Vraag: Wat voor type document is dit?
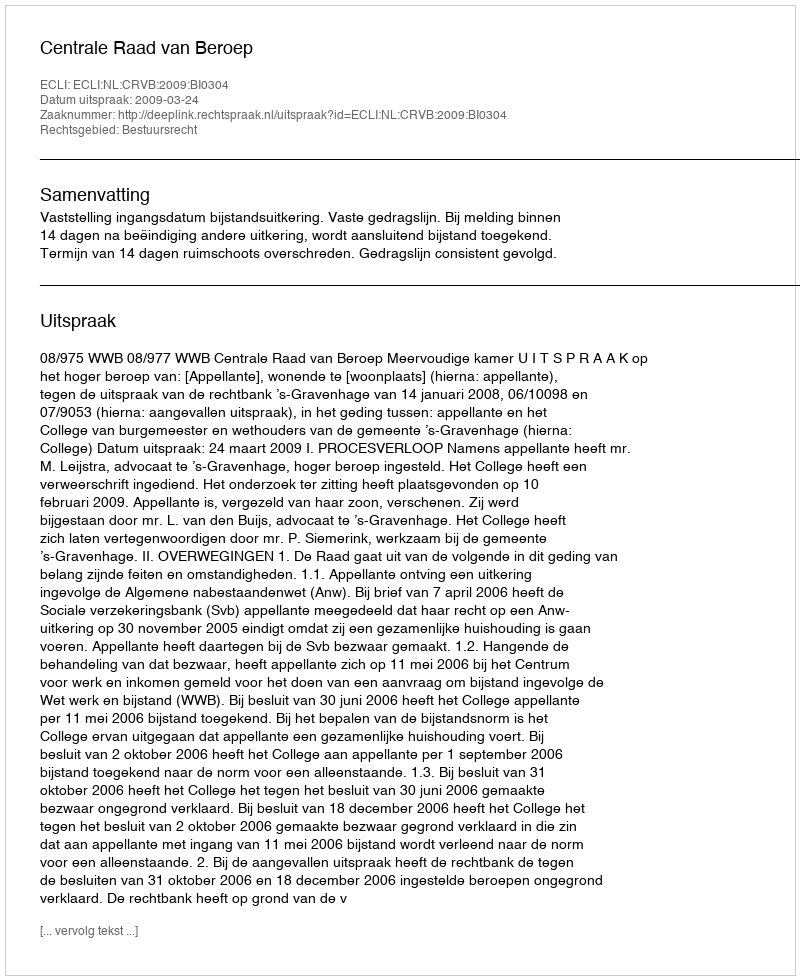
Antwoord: Uitspraak